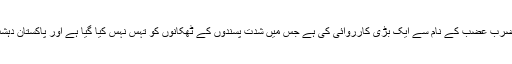
ان کا کہنا تھا کہ پاکستان نے شمالی وزیرستان میں ضرب عضب کے نام سے ایک بڑی کارروائی کی ہے جس میں شدت پسندوں کے ٹھکانوں کو تہس نہس کیا گیا ہے اور پاکستان دہشت گردی کے خلاف اپنی کارروائی جاری رکھے گا۔